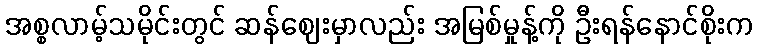
အစ္စလာမ့်သမိုင်းတွင် ဆန်ဈေးမှာလည်း အမြစ်မှုန့်ကို ဦးရန်နောင်စိုးက